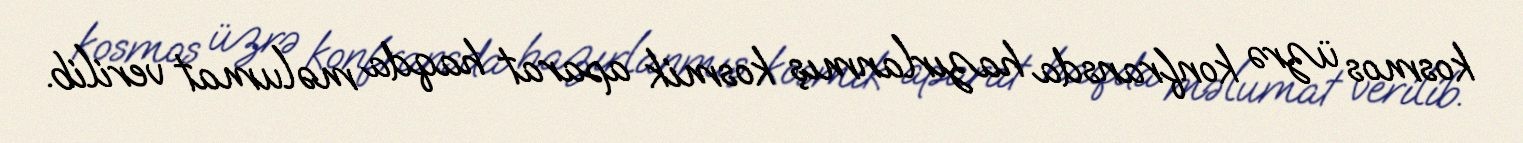
kosmos üzrə konfransda hazırlanmış kosmik aparat haqda məlumat verilib.